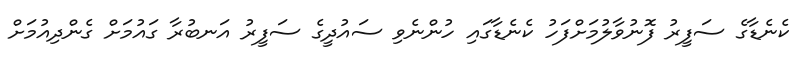
ކެނެޑާގެ ސަފީރު ފޮނުވާލުމަށްފަހު ކެނެޑާގައި ހުންނެވި ސައުދީގެ ސަފީރު އަނބުރާ ގައުމަށް ގެންދިއުމަށް